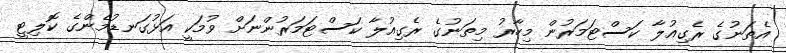
އެތަނުގެ ރެގިއުލާ ކަސްޓަމަރުން މިހާރު މިތަނުގެ ރެގިއުލާ ކަސްޓަމަރުންނަށް ވުމަކީ އަޅުގަނޑުމެންގެ ކޮލިޓީ